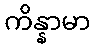
ကိန္နာမာ